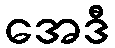
အေဒီ